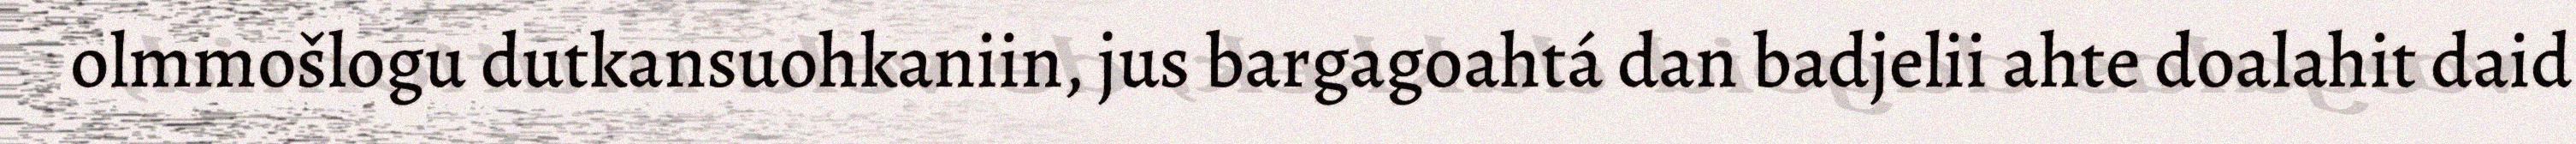
olmmošlogu dutkansuohkaniin, jus bargagoahtá dan badjelii ahte doalahit daid